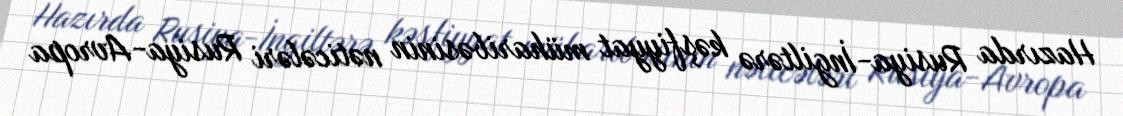
Hazırda Rusiya-İngiltərə kəşfiyyat müharibəsinin nəticələri Rusiya-Avropa